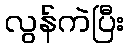
လွန်ကဲပြီး